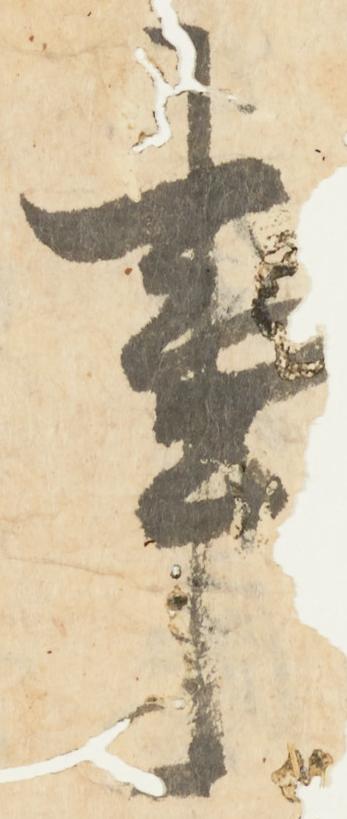
事